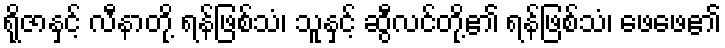
ရိုဇာနှင့် လီနာတို့ ရန်ဖြစ်သံ၊ သူနှင့် ဆွီလင်တို့၏ ရန်ဖြစ်သံ၊ ဖေဖေ၏